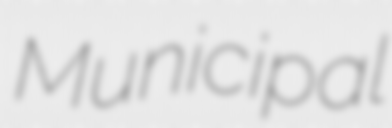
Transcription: Municipal